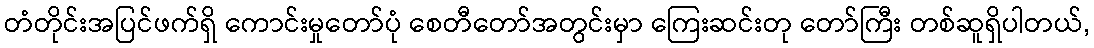
တံတိုင်းအပြင်ဖက်ရှိ ကောင်းမှုတော်ပုံ စေတီတော်အတွင်းမှာ ကြေးဆင်းတု တော်ကြီး တစ်ဆူရှိပါတယ်,